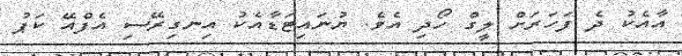
އާއެކު ދެ ފަހަރަށް ލީގް ހޯދި އެވެ. ޔުނައިޓަޑާއެކު އިނގިރޭސި އެފްއޭ ކަޕު